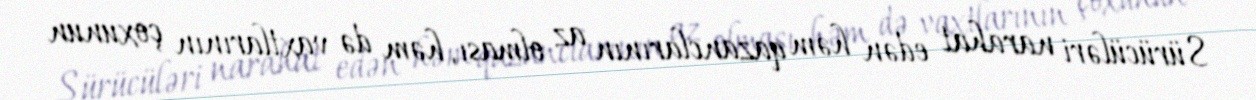
Sürücüləri narahat edən həm qazanclarının az olması, həm də vaxtlarının çoxunun